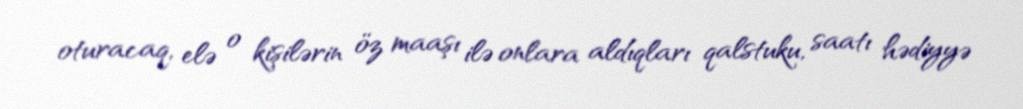
oturacaq, elə o kişilərin öz maaşı ilə onlara aldıqları qalstuku, saatı hədiyyə